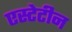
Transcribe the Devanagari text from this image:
एस्टेटीन